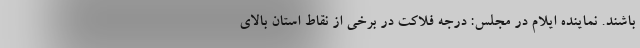
باشند. نماینده ایلام در مجلس: درجه فلاکت در برخی از نقاط استان بالای